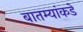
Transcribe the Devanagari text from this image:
बातम्यांकडे